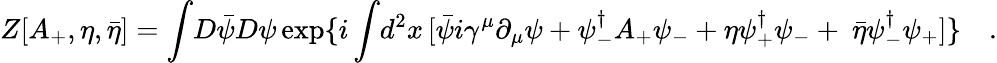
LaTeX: Z[A_{+},\eta,{\bar{\eta}}]=\int\! D\bar{\psi}D\psi\exp\{ i\int\! d^{2}x\, [\bar{\psi}i\gamma^{\mu}\partial_{\mu}\psi+\psi_{-}^{\dagger}A_{+}\psi_{-}+\eta\psi_{+}^{\dagger}\psi_{-}+{\ \bar{\eta}}\psi_{-}^{\dagger}\psi_{+}]\} \quad.